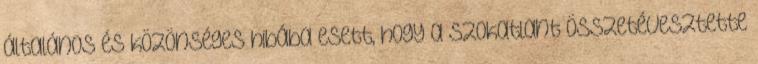
általános és közönséges hibába esett, hogy a szokatlant összetévesztette